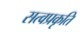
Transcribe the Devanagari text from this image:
सत्वप्रकृति